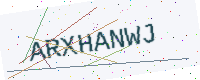
Text: ARXHANWJ